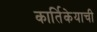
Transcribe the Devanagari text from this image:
कार्तिकेयाची